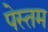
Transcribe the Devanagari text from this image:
पेस्तम